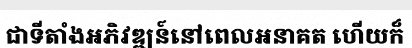
ជាទីតាំងអភិវឌ្ឍន៍នៅពេលអនាគត ហើយក៏